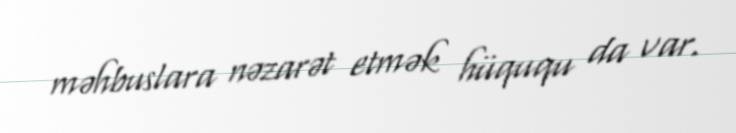
məhbuslara nəzarət etmək hüququ da var.